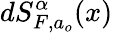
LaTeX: dS_{F,a_{o}}^{\alpha}(x)